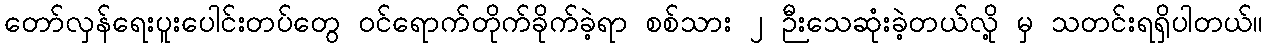
တော်လှန်ရေးပူးပေါင်းတပ်တွေ ဝင်ရောက်တိုက်ခိုက်ခဲ့ရာ စစ်သား ၂ ဉီးသေဆုံးခဲ့တယ်လို့ မှ သတင်းရရှိပါတယ်။